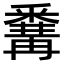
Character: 𨤚